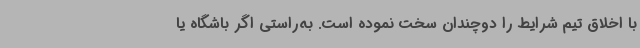
با اخلاق تیم شرایط را دوچندان سخت نموده است. به‌راستی اگر باشگاه یا